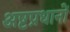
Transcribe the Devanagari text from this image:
अष्टप्रधानों